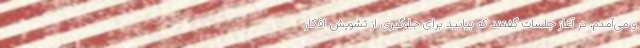
و می‌آمدم. در آغاز جلسات گفتند که بیایید برای جلوگیری از تشویش افکار